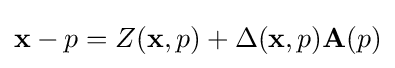
\mathbf {x} -p=Z(\mathbf {x} ,p)+\Delta (\mathbf {x} ,p)\mathbf {A} (p)